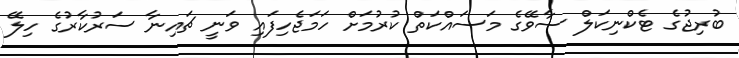
ބުރިޖުގެ ޓެކްނިކަލް ސާވޭގެ މަސައްކަތް ކުރުމަށް ހަމަޖެހިފައި ވަނީ ޗައިނާ ސަރުކާރުގެ ހިލޭ